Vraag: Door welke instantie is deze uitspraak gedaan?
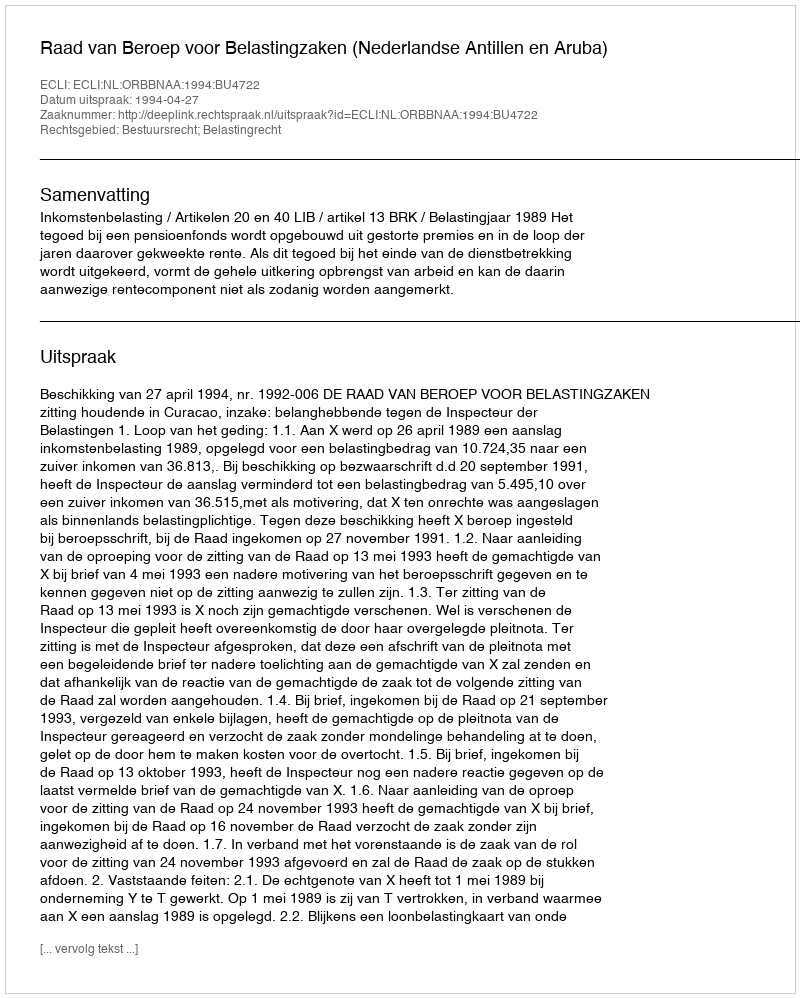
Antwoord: Raad van Beroep voor Belastingzaken (Nederlandse Antillen en Aruba)